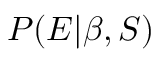
P ( E | \beta , S )